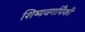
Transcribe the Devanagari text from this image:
शिष्यवर्गापैकी